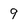
Character: 9